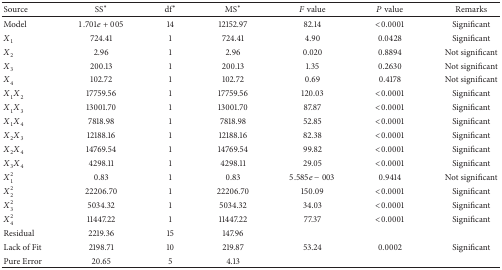
<table><thead><tr><td><b>Source</b></td><td><b>SS*</b></td><td><b>df*</b></td><td><b>MS*</b></td><td><b><i>F</i> value</b></td><td><b><i>P</i> value</b></td><td><b>Remarks</b></td></tr></thead><tbody><tr><td>Model</td><td>1.701<i>e</i> + 005</td><td>14</td><td>12152.97</td><td>82.14</td><td>&lt;0.0001</td><td>Significant </td></tr><tr><td>X<sub>1</sub></td><td>724.41</td><td>1</td><td>724.41</td><td>4.90</td><td>0.0428</td><td>Significant</td></tr><tr><td>X<sub>2</sub></td><td>2.96</td><td>1</td><td>2.96</td><td>0.020</td><td>0.8894</td><td>Not significant</td></tr><tr><td>X<sub>3</sub></td><td>200.13</td><td>1</td><td>200.13</td><td>1.35</td><td>0.2630</td><td>Not significant</td></tr><tr><td>X<sub>4</sub></td><td>102.72</td><td>1</td><td>102.72</td><td>0.69</td><td>0.4178</td><td>Not significant</td></tr><tr><td>X<sub>1</sub>X<sub>2</sub></td><td>17759.56</td><td>1</td><td>17759.56</td><td>120.03</td><td>&lt;0.0001</td><td>Significant</td></tr><tr><td>X<sub>1</sub>X<sub>3</sub></td><td>13001.70</td><td>1</td><td>13001.70</td><td>87.87</td><td>&lt;0.0001</td><td>Significant</td></tr><tr><td>X<sub>1</sub>X<sub>4</sub></td><td>7818.98</td><td>1</td><td>7818.98</td><td>52.85</td><td>&lt;0.0001</td><td>Significant</td></tr><tr><td>X<sub>2</sub>X<sub>3</sub></td><td>12188.16</td><td>1</td><td>12188.16</td><td>82.38</td><td>&lt;0.0001</td><td>Significant</td></tr><tr><td>X<sub>2</sub>X<sub>4</sub></td><td>14769.54</td><td>1</td><td>14769.54</td><td>99.82</td><td>&lt;0.0001</td><td>Significant</td></tr><tr><td>X<sub>3</sub>X<sub>4</sub></td><td>4298.11</td><td>1</td><td>4298.11</td><td>29.05</td><td>&lt;0.0001</td><td>Significant</td></tr><tr><td>X<sub>1</sub><sup>2</sup></td><td>0.83</td><td>1</td><td>0.83</td><td>5.585<i>e</i> − 003</td><td>0.9414</td><td>Not significant</td></tr><tr><td>X<sub>2</sub><sup>2</sup></td><td>22206.70</td><td>1</td><td>22206.70</td><td>150.09</td><td>&lt;0.0001</td><td>Significant</td></tr><tr><td>X<sub>3</sub><sup>2</sup></td><td>5034.32</td><td>1</td><td>5034.32</td><td>34.03</td><td>&lt;0.0001</td><td>Significant</td></tr><tr><td>X<sub>4</sub><sup>2</sup></td><td>11447.22</td><td>1</td><td>11447.22</td><td>77.37</td><td>&lt;0.0001</td><td>Significant</td></tr><tr><td>Residual</td><td>2219.36</td><td>15</td><td>147.96</td><td> </td><td> </td><td> </td></tr><tr><td>Lack of Fit</td><td>2198.71</td><td>10</td><td>219.87</td><td>53.24</td><td>0.0002</td><td>Significant</td></tr><tr><td>Pure Error</td><td>20.65</td><td>5</td><td>4.13</td><td> </td><td> </td><td> </td></tr></tbody></table>